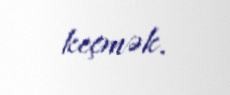
keçmək.